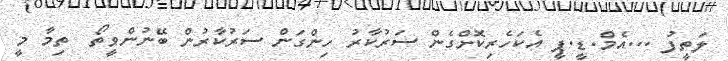
ލަތީފު ...އެމް.ޑީ.ޕީ އެކަހެރިކޮށްގެން ސަރުކާރު ހިންގަން ސަރުކާރުން ބޭނުންވީތޯ  ތިމާ މީ